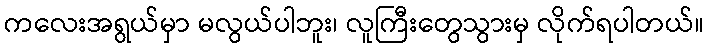
ကလေးအရွယ်မှာ မလွယ်ပါဘူး၊ လူကြီးတွေသွားမှ လိုက်ရပါတယ်။